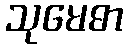
သုမေဓာ